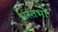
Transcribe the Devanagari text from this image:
संस्तभों